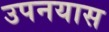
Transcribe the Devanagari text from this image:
उपनयास